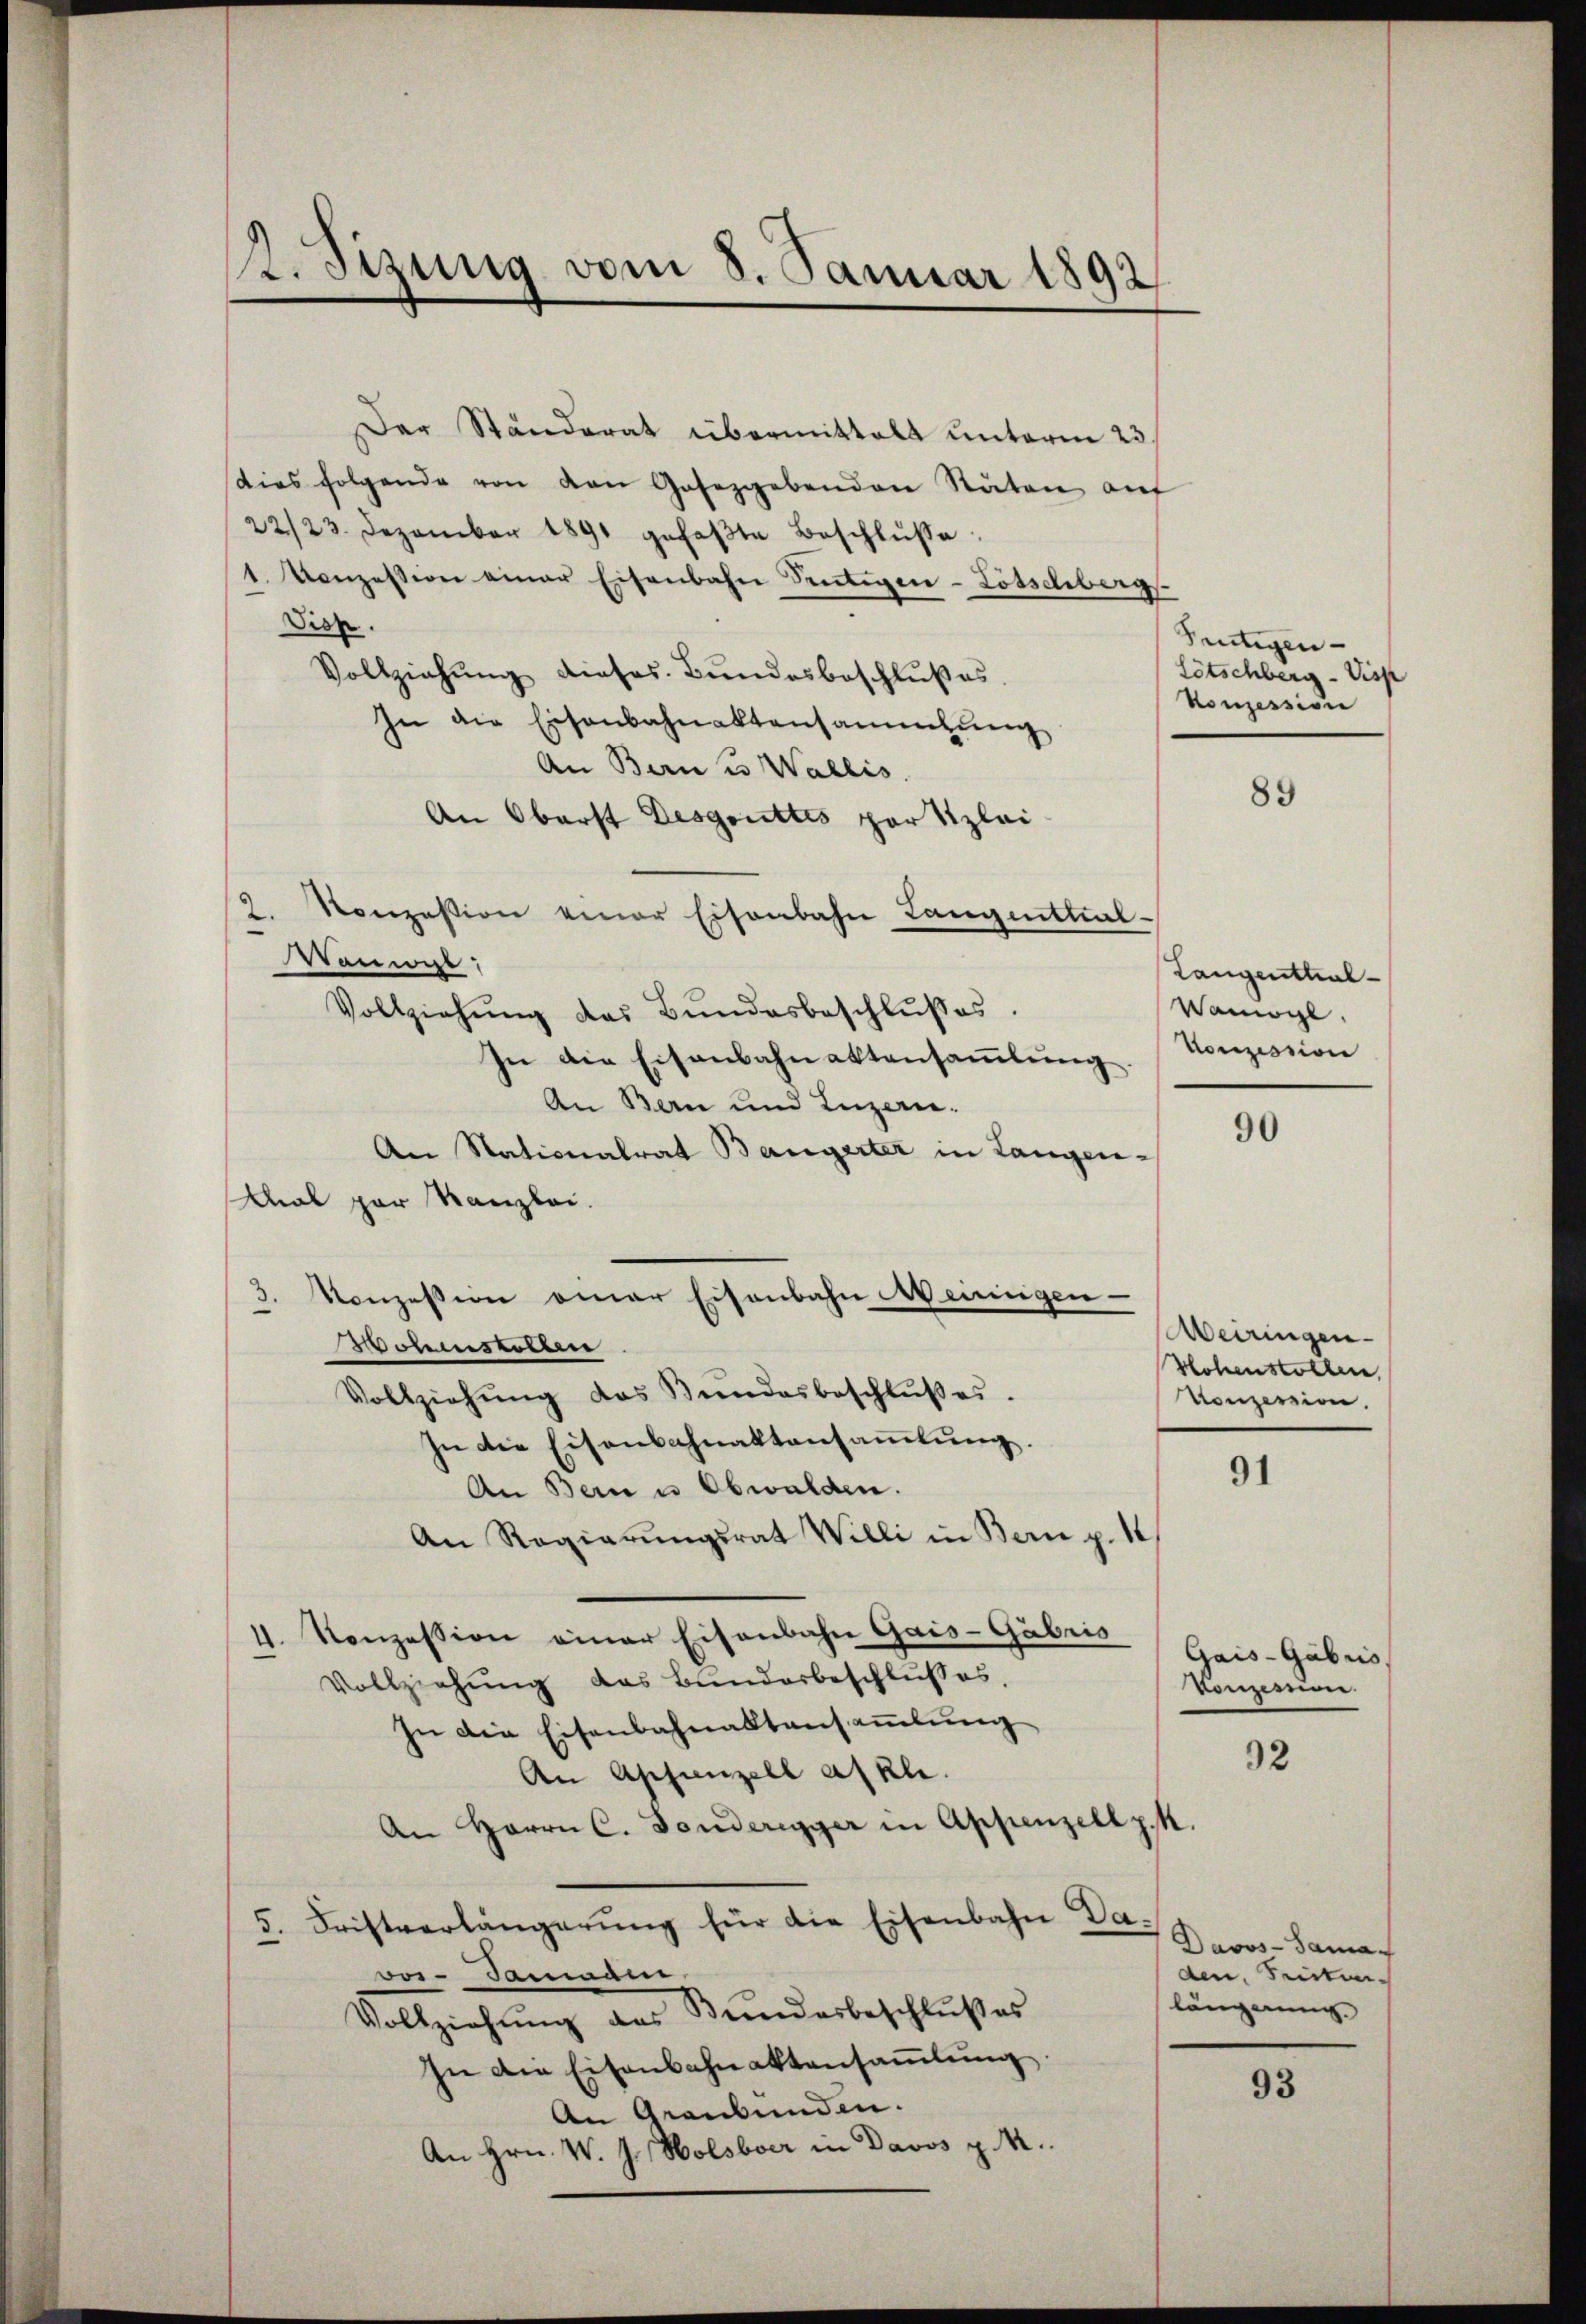
Besizung vom 8. Januar 1892

Der Ständerat übermittelt unterm 23.
dies folgende von den Gaseggebenden Räten aŭf
22/23. Dezember 1891 gefaβte Beschlŭsse:
1. Konzession einer Eisenbahn Sentigen-Lötschberg
Sier.
Vollziehung dieses Bundesbeschlußes.
In die Eisenbahnaktensammlung
An Bern Wallis.
An Oberst Desgruttés partizlei
2. Konzession einer Eisenbahn Langenthal-
Vonwal
Vollziehŭng des Bŭndesbeschlŭβes.
In die Eisenbahnaktensaṁlŭng. Konzession
An Bern und Luzern.
An Nationalrat Baugerter in Langen-
Mal par Kanzlei.
Konzession einer Eisenbahn Meinigen-
3
Wolenstellen
Vollziehŭng des Bŭndesbeschlŭβes.
In die Eisenbahnaktansaṁlŭng.
An Bern u. Obwalden.
An Regierŭngsrat Willi in Bern p. 1
4. Konzession einer Eisenbahn Gais-Gäbris
Vollziehung das Bunderbeschlusses.
In die Eisenbahnaktansammlung
An Appenzell askl.
An Herrn C. Banderegger in Appenzell z. k.
Fristverlängerŭng für die Eisenbahn Da-
5.
ves-Sammann.
Vollziehung an Seiderbeschlusses
In die Eisenbahnaktensaṁlŭng.
An Graubünden.
An Hrn. W. J. Holsbver in Davos p. M.

Pertigen-
Lötschberg - Disp
Konzession

89

Langenthal¬
Bemgl.

90

Meiringen
Hohenstollen,
Konzession.

91

Gais-Gabris
Vonzimmen.

92

Davos-Sama
den Seiten-
längerung.

93